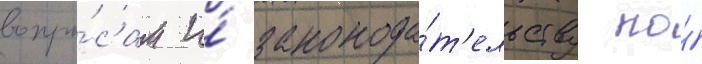
вопро́сам и́ законода́т'ельству по́